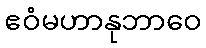
ဧဝံမဟာနုဘာဝေ